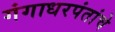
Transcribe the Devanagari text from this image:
गंगाधरपंतांचे